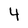
Character: 4